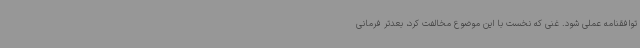
توافقنامه عملی شود. غنی که نخست با این موضوع مخالفت کرد، بعدتر فرمانی